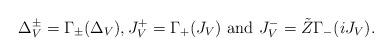
LaTeX: \begin{align*} \Delta_V^\pm= \Gamma_\pm(\Delta_V), J_V^+ = \Gamma_+(J_V) \mbox{ and }J_V^- = \tilde Z \Gamma_-(i J_V).\end{align*}